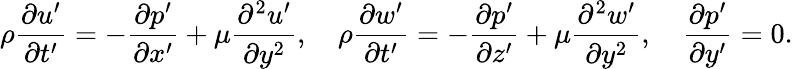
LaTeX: \rho\frac{\partial u^{\prime}}{\partial t^{\prime}}=-\frac{\partial p^{\prime}}{\partial x^{\prime}}+\mu\frac{\partial^{2}u^{\prime}}{\partial y^{2}},\ \ \ \ \rho\frac{\partial w^{\prime}}{\partial t^{\prime}}=-\frac{\partial p^{\prime}}{\partial z^{\prime}}+\mu\frac{\partial^{2}w^{\prime}}{\partial y^{2}},\ \ \ \ \frac{\partial p^{\prime}}{\partial y^{\prime}}=0.